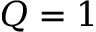
Q = 1